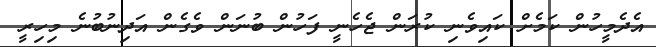
އެދެމީހުން ކަމެށް ކައިވެނި ކުރަން ޖެހެނީ ފަހުން ބުނަން ވެގެން އަދިނުބުނެ މިހިރީ